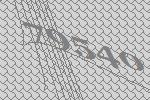
79540